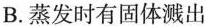
B.蒸发时有固体溅出